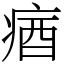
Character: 㾞